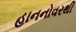
હાનનોવરથી